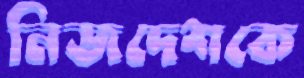
নিজদেশকে